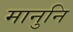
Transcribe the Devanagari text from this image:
मानुनि